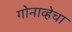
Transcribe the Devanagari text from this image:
गोनाव्हेचा